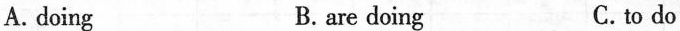
A. doing B.are doing C.to do